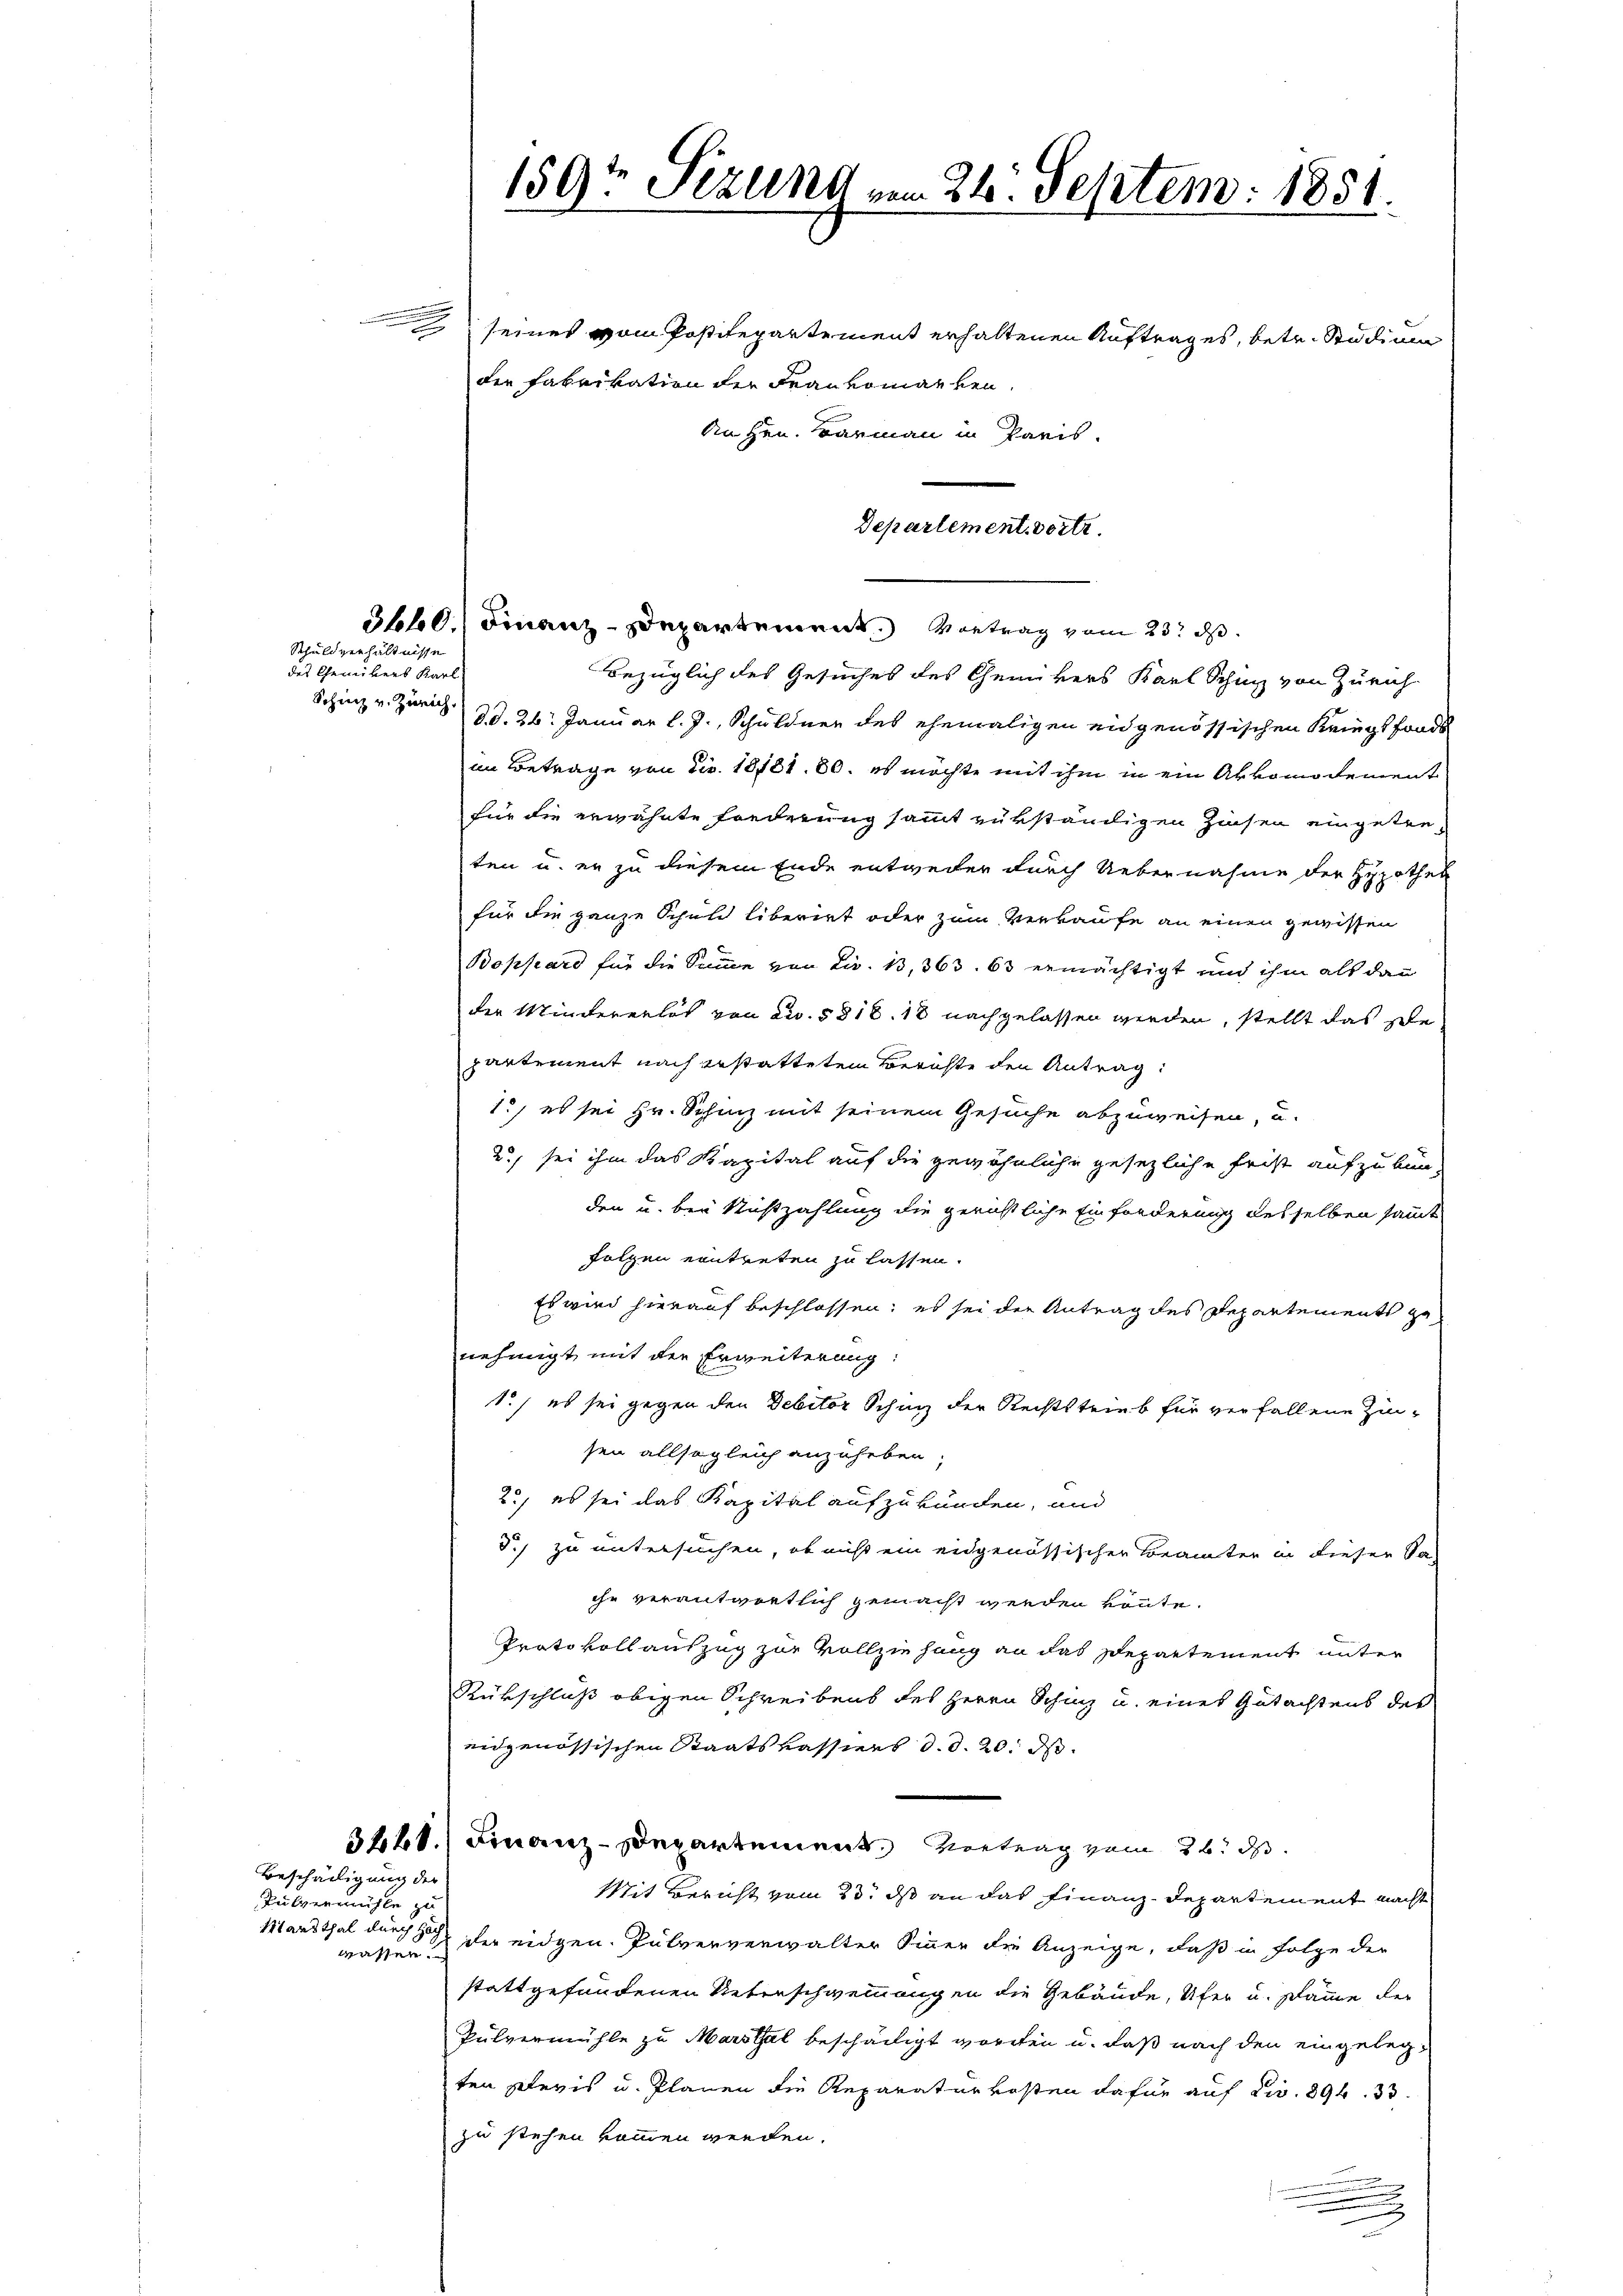
e

Schuldverhältnisse
des Genübers Karl

seines vom Postitepartement erhaltenen Auftrages, betr. Studium
die Fabrikation der Frau vomarben.
An Hrn. Barmann in Paris.
Bezüglich des Gesuches des Chemikers Karl Schinz von Zürich
Schinz v. Zürich d. 26. Januar l. J., Schuldner des ehemaligen eidgenössischen Kriegsfonds
im Betrage von Nr. 18181. 80. es möchte mit ihm in ein Abkomodement
für die erwähnte Forderung sammt verständigen Zinsen eingetreten u. er zu diesem Ende entweder durch Uebernahme der Hypothek
für die ganze Schuld liberirt oder zum Verkaufe an einen gewissen
Boppard für die Summe von Liv. 13, 363. 63 ermächtigt und ihm als dan
der Mindererlös von Fr. 5818. 18 nachgelassen werden, stellt das gelepartement nach gestattetem Berichte den Antrag:
1.) es sei Hr. Schinz mit seinem Gesuche abzuweisen, u.
2) sei ihm das Kapital auf die gewöhnliche gesezliche Frist aufzubünden u. bei Nichtzahlung die gerichtliche Einforderung desselben sammt
folgen eintreten zu lassen.
Es wird hierauf beschlossen; es sei der Antrag des Departements genehmigt, mit der Erweiterung:
1.) es sei gegen den Debitor Schinz der Rechtstrieb für verfallene Zinsen allsogleich anzuheben,
2., es sei das Kapital aufzukünden, und
S.) zu untersuchen, ob nicht ein eidgenössischer Beamter in dieser Sa
ihr verantwortlich gemacht werden könnte.
Protokollauszug zur Vollziehung an das Departement unter
Rükschluß obigen Schreibens des Herrn Schinz u. eines Gutachtens des
eidgenössischen Staatskassiers d. d. 20. ds.
3420. Finanz-Departement Vertrag vom 26. d.
Mit Bericht vom 23. ds an das Finanz-Departement macht
Marthal durch der eidgen. Pulververwalter Sinner die Anzeige, daß in Folge der
wassen.
stattgefundenen Reterschwemmungen die Gebäude, Ufer u. sämme der
Pulvermühle zu Marthal bescheiligt worden u. daß nach den eingelegten Plevis u. Planen die Reparaturkosten dafür auf Fr. 896. 33
zu stehen kommen werden.
.
u

Pulvermühle

Beschädigung der

159t Sezung vom 24. Septem. 1851.

Stoll. Finanz-Departement. Vortrag vom 23. d.

Departement. vortr